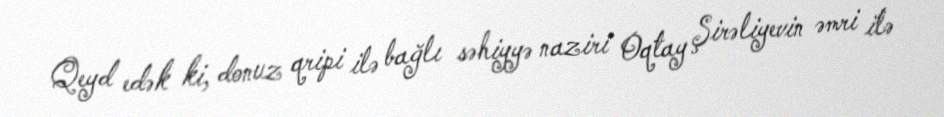
Qeyd edək ki, donuz qripi ilə bağlı səhiyyə naziri Oqtay Şirəliyevin əmri ilə